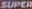
SUPER